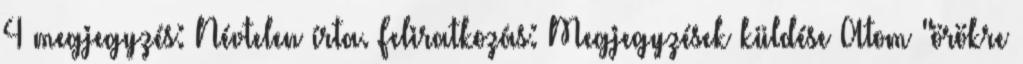
4 megjegyzés: Névtelen írta. Feliratkozás: Megjegyzések küldése Atom "örökre